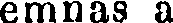
emnas a